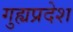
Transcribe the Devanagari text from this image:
गुह्यप्रदेश